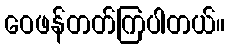
ဝေဖန်တတ်ကြပါတယ်။